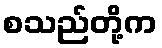
စသည်တို့က